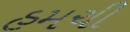
હમચી